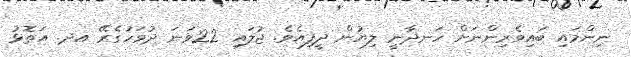
ނިންމައި ބައިވެރިންނަށް ހަނދާނީ ލިޔުން ދީފިއެވެ. ޖުލައި 22ވަނަ ދުވަހުގެރޭ އދ. އަތޮޅު